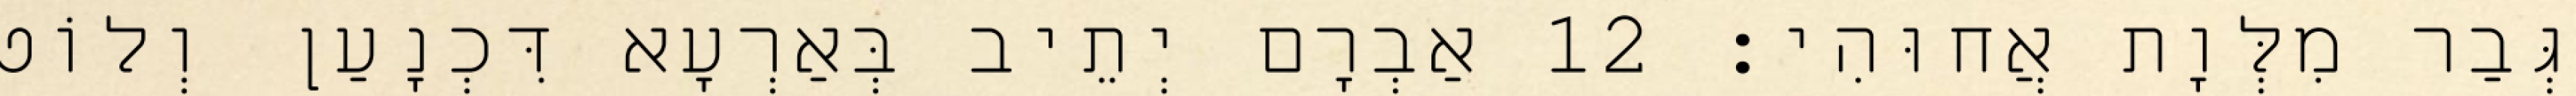
גְּבַר מִלְּוָת אֲחוּהִי׃ 12 אַבְרָם יְתֵיב בְּאַרְעָא דִּכְנָעַן וְלוֹט